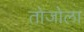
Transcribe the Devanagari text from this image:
तोजोला